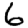
Digit: 6